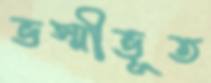
ভস্মীভূত